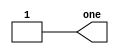
// This program was cloned from: https://github.com/milind7777/VerilogDocGen
// License: MIT License

module step_one(
  output one
);

  assign one = 1'b1;

endmodule